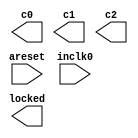
// megafunction wizard: %ALTPLL%VBB%
// GENERATION: STANDARD
// VERSION: WM1.0
// MODULE: altpll 

// ============================================================
// Megafunction Name(s):
// 			altpll
//
// Simulation Library Files(s):
// 			altera_mf
// ============================================================
// ************************************************************
// THIS IS A WIZARD-GENERATED FILE. DO NOT EDIT THIS FILE!
//
// 13.0.1 Build 232 06/12/2013 SP 1 SJ Full Version
// ************************************************************

//Copyright (C) 1991-2013 Altera Corporation
//Your use of Altera Corporation's design tools, logic functions 
//and other software and tools, and its AMPP partner logic 
//functions, and any output files from any of the foregoing 
//(including device programming or simulation files), and any 
//associated documentation or information are expressly subject 
//to the terms and conditions of the Altera Program License 
//Subscription Agreement, Altera MegaCore Function License 
//Agreement, or other applicable license agreement, including, 
//without limitation, that your use is for the sole purpose of 
//programming logic devices manufactured by Altera and sold by 
//Altera or its authorized distributors.  Please refer to the 
//applicable agreement for further details.

module clk_gen (
	areset,
	inclk0,
	c0,
	c1,
	c2,
	locked);

	input	  areset;
	input	  inclk0;
	output	  c0;
	output	  c1;
	output	  c2;
	output	  locked;
`ifndef ALTERA_RESERVED_QIS
// synopsys translate_off
`endif
	tri0	  areset;
`ifndef ALTERA_RESERVED_QIS
// synopsys translate_on
`endif

endmodule

// ============================================================
// CNX file retrieval info
// ============================================================
// Retrieval info: PRIVATE: ACTIVECLK_CHECK STRING "0"
// Retrieval info: PRIVATE: BANDWIDTH STRING "1.000"
// Retrieval info: PRIVATE: BANDWIDTH_FEATURE_ENABLED STRING "1"
// Retrieval info: PRIVATE: BANDWIDTH_FREQ_UNIT STRING "MHz"
// Retrieval info: PRIVATE: BANDWIDTH_PRESET STRING "Low"
// Retrieval info: PRIVATE: BANDWIDTH_USE_AUTO STRING "1"
// Retrieval info: PRIVATE: BANDWIDTH_USE_PRESET STRING "0"
// Retrieval info: PRIVATE: CLKBAD_SWITCHOVER_CHECK STRING "0"
// Retrieval info: PRIVATE: CLKLOSS_CHECK STRING "0"
// Retrieval info: PRIVATE: CLKSWITCH_CHECK STRING "0"
// Retrieval info: PRIVATE: CNX_NO_COMPENSATE_RADIO STRING "0"
// Retrieval info: PRIVATE: CREATE_CLKBAD_CHECK STRING "0"
// Retrieval info: PRIVATE: CREATE_INCLK1_CHECK STRING "0"
// Retrieval info: PRIVATE: CUR_DEDICATED_CLK STRING "c0"
// Retrieval info: PRIVATE: CUR_FBIN_CLK STRING "c0"
// Retrieval info: PRIVATE: DEVICE_SPEED_GRADE STRING "8"
// Retrieval info: PRIVATE: DIV_FACTOR0 NUMERIC "1"
// Retrieval info: PRIVATE: DIV_FACTOR1 NUMERIC "1"
// Retrieval info: PRIVATE: DIV_FACTOR2 NUMERIC "1"
// Retrieval info: PRIVATE: DUTY_CYCLE0 STRING "50.00000000"
// Retrieval info: PRIVATE: DUTY_CYCLE1 STRING "50.00000000"
// Retrieval info: PRIVATE: DUTY_CYCLE2 STRING "50.00000000"
// Retrieval info: PRIVATE: EFF_OUTPUT_FREQ_VALUE0 STRING "125.000000"
// Retrieval info: PRIVATE: EFF_OUTPUT_FREQ_VALUE1 STRING "125.000000"
// Retrieval info: PRIVATE: EFF_OUTPUT_FREQ_VALUE2 STRING "25.000000"
// Retrieval info: PRIVATE: EXPLICIT_SWITCHOVER_COUNTER STRING "0"
// Retrieval info: PRIVATE: EXT_FEEDBACK_RADIO STRING "0"
// Retrieval info: PRIVATE: GLOCKED_COUNTER_EDIT_CHANGED STRING "1"
// Retrieval info: PRIVATE: GLOCKED_FEATURE_ENABLED STRING "0"
// Retrieval info: PRIVATE: GLOCKED_MODE_CHECK STRING "0"
// Retrieval info: PRIVATE: GLOCK_COUNTER_EDIT NUMERIC "1048575"
// Retrieval info: PRIVATE: HAS_MANUAL_SWITCHOVER STRING "1"
// Retrieval info: PRIVATE: INCLK0_FREQ_EDIT STRING "50.000"
// Retrieval info: PRIVATE: INCLK0_FREQ_UNIT_COMBO STRING "MHz"
// Retrieval info: PRIVATE: INCLK1_FREQ_EDIT STRING "100.000"
// Retrieval info: PRIVATE: INCLK1_FREQ_EDIT_CHANGED STRING "1"
// Retrieval info: PRIVATE: INCLK1_FREQ_UNIT_CHANGED STRING "1"
// Retrieval info: PRIVATE: INCLK1_FREQ_UNIT_COMBO STRING "MHz"
// Retrieval info: PRIVATE: INTENDED_DEVICE_FAMILY STRING "Cyclone IV E"
// Retrieval info: PRIVATE: INT_FEEDBACK__MODE_RADIO STRING "1"
// Retrieval info: PRIVATE: LOCKED_OUTPUT_CHECK STRING "1"
// Retrieval info: PRIVATE: LONG_SCAN_RADIO STRING "1"
// Retrieval info: PRIVATE: LVDS_MODE_DATA_RATE STRING "Not Available"
// Retrieval info: PRIVATE: LVDS_MODE_DATA_RATE_DIRTY NUMERIC "0"
// Retrieval info: PRIVATE: LVDS_PHASE_SHIFT_UNIT0 STRING "deg"
// Retrieval info: PRIVATE: LVDS_PHASE_SHIFT_UNIT1 STRING "deg"
// Retrieval info: PRIVATE: LVDS_PHASE_SHIFT_UNIT2 STRING "deg"
// Retrieval info: PRIVATE: MIG_DEVICE_SPEED_GRADE STRING "Any"
// Retrieval info: PRIVATE: MIRROR_CLK0 STRING "0"
// Retrieval info: PRIVATE: MIRROR_CLK1 STRING "0"
// Retrieval info: PRIVATE: MIRROR_CLK2 STRING "0"
// Retrieval info: PRIVATE: MULT_FACTOR0 NUMERIC "2"
// Retrieval info: PRIVATE: MULT_FACTOR1 NUMERIC "2"
// Retrieval info: PRIVATE: MULT_FACTOR2 NUMERIC "1"
// Retrieval info: PRIVATE: NORMAL_MODE_RADIO STRING "1"
// Retrieval info: PRIVATE: OUTPUT_FREQ0 STRING "125.00000000"
// Retrieval info: PRIVATE: OUTPUT_FREQ1 STRING "125.00000000"
// Retrieval info: PRIVATE: OUTPUT_FREQ2 STRING "25.00000000"
// Retrieval info: PRIVATE: OUTPUT_FREQ_MODE0 STRING "1"
// Retrieval info: PRIVATE: OUTPUT_FREQ_MODE1 STRING "1"
// Retrieval info: PRIVATE: OUTPUT_FREQ_MODE2 STRING "1"
// Retrieval info: PRIVATE: OUTPUT_FREQ_UNIT0 STRING "MHz"
// Retrieval info: PRIVATE: OUTPUT_FREQ_UNIT1 STRING "MHz"
// Retrieval info: PRIVATE: OUTPUT_FREQ_UNIT2 STRING "MHz"
// Retrieval info: PRIVATE: PHASE_RECONFIG_FEATURE_ENABLED STRING "1"
// Retrieval info: PRIVATE: PHASE_RECONFIG_INPUTS_CHECK STRING "0"
// Retrieval info: PRIVATE: PHASE_SHIFT0 STRING "0.00000000"
// Retrieval info: PRIVATE: PHASE_SHIFT1 STRING "-75.00000000"
// Retrieval info: PRIVATE: PHASE_SHIFT2 STRING "0.00000000"
// Retrieval info: PRIVATE: PHASE_SHIFT_STEP_ENABLED_CHECK STRING "0"
// Retrieval info: PRIVATE: PHASE_SHIFT_UNIT0 STRING "deg"
// Retrieval info: PRIVATE: PHASE_SHIFT_UNIT1 STRING "deg"
// Retrieval info: PRIVATE: PHASE_SHIFT_UNIT2 STRING "deg"
// Retrieval info: PRIVATE: PLL_ADVANCED_PARAM_CHECK STRING "0"
// Retrieval info: PRIVATE: PLL_ARESET_CHECK STRING "1"
// Retrieval info: PRIVATE: PLL_AUTOPLL_CHECK NUMERIC "1"
// Retrieval info: PRIVATE: PLL_ENHPLL_CHECK NUMERIC "0"
// Retrieval info: PRIVATE: PLL_FASTPLL_CHECK NUMERIC "0"
// Retrieval info: PRIVATE: PLL_FBMIMIC_CHECK STRING "0"
// Retrieval info: PRIVATE: PLL_LVDS_PLL_CHECK NUMERIC "0"
// Retrieval info: PRIVATE: PLL_PFDENA_CHECK STRING "0"
// Retrieval info: PRIVATE: PLL_TARGET_HARCOPY_CHECK NUMERIC "0"
// Retrieval info: PRIVATE: PRIMARY_CLK_COMBO STRING "inclk0"
// Retrieval info: PRIVATE: RECONFIG_FILE STRING "clk_gen.mif"
// Retrieval info: PRIVATE: SACN_INPUTS_CHECK STRING "0"
// Retrieval info: PRIVATE: SCAN_FEATURE_ENABLED STRING "1"
// Retrieval info: PRIVATE: SELF_RESET_LOCK_LOSS STRING "0"
// Retrieval info: PRIVATE: SHORT_SCAN_RADIO STRING "0"
// Retrieval info: PRIVATE: SPREAD_FEATURE_ENABLED STRING "0"
// Retrieval info: PRIVATE: SPREAD_FREQ STRING "50.000"
// Retrieval info: PRIVATE: SPREAD_FREQ_UNIT STRING "KHz"
// Retrieval info: PRIVATE: SPREAD_PERCENT STRING "0.500"
// Retrieval info: PRIVATE: SPREAD_USE STRING "0"
// Retrieval info: PRIVATE: SRC_SYNCH_COMP_RADIO STRING "0"
// Retrieval info: PRIVATE: STICKY_CLK0 STRING "1"
// Retrieval info: PRIVATE: STICKY_CLK1 STRING "1"
// Retrieval info: PRIVATE: STICKY_CLK2 STRING "1"
// Retrieval info: PRIVATE: SWITCHOVER_COUNT_EDIT NUMERIC "1"
// Retrieval info: PRIVATE: SWITCHOVER_FEATURE_ENABLED STRING "1"
// Retrieval info: PRIVATE: SYNTH_WRAPPER_GEN_POSTFIX STRING "0"
// Retrieval info: PRIVATE: USE_CLK0 STRING "1"
// Retrieval info: PRIVATE: USE_CLK1 STRING "1"
// Retrieval info: PRIVATE: USE_CLK2 STRING "1"
// Retrieval info: PRIVATE: USE_CLKENA0 STRING "0"
// Retrieval info: PRIVATE: USE_CLKENA1 STRING "0"
// Retrieval info: PRIVATE: USE_CLKENA2 STRING "0"
// Retrieval info: PRIVATE: USE_MIL_SPEED_GRADE NUMERIC "0"
// Retrieval info: PRIVATE: ZERO_DELAY_RADIO STRING "0"
// Retrieval info: LIBRARY: altera_mf altera_mf.altera_mf_components.all
// Retrieval info: CONSTANT: BANDWIDTH_TYPE STRING "AUTO"
// Retrieval info: CONSTANT: CLK0_DIVIDE_BY NUMERIC "2"
// Retrieval info: CONSTANT: CLK0_DUTY_CYCLE NUMERIC "50"
// Retrieval info: CONSTANT: CLK0_MULTIPLY_BY NUMERIC "5"
// Retrieval info: CONSTANT: CLK0_PHASE_SHIFT STRING "0"
// Retrieval info: CONSTANT: CLK1_DIVIDE_BY NUMERIC "2"
// Retrieval info: CONSTANT: CLK1_DUTY_CYCLE NUMERIC "50"
// Retrieval info: CONSTANT: CLK1_MULTIPLY_BY NUMERIC "5"
// Retrieval info: CONSTANT: CLK1_PHASE_SHIFT STRING "-1667"
// Retrieval info: CONSTANT: CLK2_DIVIDE_BY NUMERIC "2"
// Retrieval info: CONSTANT: CLK2_DUTY_CYCLE NUMERIC "50"
// Retrieval info: CONSTANT: CLK2_MULTIPLY_BY NUMERIC "1"
// Retrieval info: CONSTANT: CLK2_PHASE_SHIFT STRING "0"
// Retrieval info: CONSTANT: COMPENSATE_CLOCK STRING "CLK0"
// Retrieval info: CONSTANT: INCLK0_INPUT_FREQUENCY NUMERIC "20000"
// Retrieval info: CONSTANT: INTENDED_DEVICE_FAMILY STRING "Cyclone IV E"
// Retrieval info: CONSTANT: LPM_TYPE STRING "altpll"
// Retrieval info: CONSTANT: OPERATION_MODE STRING "NORMAL"
// Retrieval info: CONSTANT: PLL_TYPE STRING "AUTO"
// Retrieval info: CONSTANT: PORT_ACTIVECLOCK STRING "PORT_UNUSED"
// Retrieval info: CONSTANT: PORT_ARESET STRING "PORT_USED"
// Retrieval info: CONSTANT: PORT_CLKBAD0 STRING "PORT_UNUSED"
// Retrieval info: CONSTANT: PORT_CLKBAD1 STRING "PORT_UNUSED"
// Retrieval info: CONSTANT: PORT_CLKLOSS STRING "PORT_UNUSED"
// Retrieval info: CONSTANT: PORT_CLKSWITCH STRING "PORT_UNUSED"
// Retrieval info: CONSTANT: PORT_CONFIGUPDATE STRING "PORT_UNUSED"
// Retrieval info: CONSTANT: PORT_FBIN STRING "PORT_UNUSED"
// Retrieval info: CONSTANT: PORT_INCLK0 STRING "PORT_USED"
// Retrieval info: CONSTANT: PORT_INCLK1 STRING "PORT_UNUSED"
// Retrieval info: CONSTANT: PORT_LOCKED STRING "PORT_USED"
// Retrieval info: CONSTANT: PORT_PFDENA STRING "PORT_UNUSED"
// Retrieval info: CONSTANT: PORT_PHASECOUNTERSELECT STRING "PORT_UNUSED"
// Retrieval info: CONSTANT: PORT_PHASEDONE STRING "PORT_UNUSED"
// Retrieval info: CONSTANT: PORT_PHASESTEP STRING "PORT_UNUSED"
// Retrieval info: CONSTANT: PORT_PHASEUPDOWN STRING "PORT_UNUSED"
// Retrieval info: CONSTANT: PORT_PLLENA STRING "PORT_UNUSED"
// Retrieval info: CONSTANT: PORT_SCANACLR STRING "PORT_UNUSED"
// Retrieval info: CONSTANT: PORT_SCANCLK STRING "PORT_UNUSED"
// Retrieval info: CONSTANT: PORT_SCANCLKENA STRING "PORT_UNUSED"
// Retrieval info: CONSTANT: PORT_SCANDATA STRING "PORT_UNUSED"
// Retrieval info: CONSTANT: PORT_SCANDATAOUT STRING "PORT_UNUSED"
// Retrieval info: CONSTANT: PORT_SCANDONE STRING "PORT_UNUSED"
// Retrieval info: CONSTANT: PORT_SCANREAD STRING "PORT_UNUSED"
// Retrieval info: CONSTANT: PORT_SCANWRITE STRING "PORT_UNUSED"
// Retrieval info: CONSTANT: PORT_clk0 STRING "PORT_USED"
// Retrieval info: CONSTANT: PORT_clk1 STRING "PORT_USED"
// Retrieval info: CONSTANT: PORT_clk2 STRING "PORT_USED"
// Retrieval info: CONSTANT: PORT_clk3 STRING "PORT_UNUSED"
// Retrieval info: CONSTANT: PORT_clk4 STRING "PORT_UNUSED"
// Retrieval info: CONSTANT: PORT_clk5 STRING "PORT_UNUSED"
// Retrieval info: CONSTANT: PORT_clkena0 STRING "PORT_UNUSED"
// Retrieval info: CONSTANT: PORT_clkena1 STRING "PORT_UNUSED"
// Retrieval info: CONSTANT: PORT_clkena2 STRING "PORT_UNUSED"
// Retrieval info: CONSTANT: PORT_clkena3 STRING "PORT_UNUSED"
// Retrieval info: CONSTANT: PORT_clkena4 STRING "PORT_UNUSED"
// Retrieval info: CONSTANT: PORT_clkena5 STRING "PORT_UNUSED"
// Retrieval info: CONSTANT: PORT_extclk0 STRING "PORT_UNUSED"
// Retrieval info: CONSTANT: PORT_extclk1 STRING "PORT_UNUSED"
// Retrieval info: CONSTANT: PORT_extclk2 STRING "PORT_UNUSED"
// Retrieval info: CONSTANT: PORT_extclk3 STRING "PORT_UNUSED"
// Retrieval info: CONSTANT: SELF_RESET_ON_LOSS_LOCK STRING "OFF"
// Retrieval info: CONSTANT: WIDTH_CLOCK NUMERIC "5"
// Retrieval info: USED_PORT: @clk 0 0 5 0 OUTPUT_CLK_EXT VCC "@clk[4..0]"
// Retrieval info: USED_PORT: areset 0 0 0 0 INPUT GND "areset"
// Retrieval info: USED_PORT: c0 0 0 0 0 OUTPUT_CLK_EXT VCC "c0"
// Retrieval info: USED_PORT: c1 0 0 0 0 OUTPUT_CLK_EXT VCC "c1"
// Retrieval info: USED_PORT: c2 0 0 0 0 OUTPUT_CLK_EXT VCC "c2"
// Retrieval info: USED_PORT: inclk0 0 0 0 0 INPUT_CLK_EXT GND "inclk0"
// Retrieval info: USED_PORT: locked 0 0 0 0 OUTPUT GND "locked"
// Retrieval info: CONNECT: @areset 0 0 0 0 areset 0 0 0 0
// Retrieval info: CONNECT: @inclk 0 0 1 1 GND 0 0 0 0
// Retrieval info: CONNECT: @inclk 0 0 1 0 inclk0 0 0 0 0
// Retrieval info: CONNECT: c0 0 0 0 0 @clk 0 0 1 0
// Retrieval info: CONNECT: c1 0 0 0 0 @clk 0 0 1 1
// Retrieval info: CONNECT: c2 0 0 0 0 @clk 0 0 1 2
// Retrieval info: CONNECT: locked 0 0 0 0 @locked 0 0 0 0
// Retrieval info: GEN_FILE: TYPE_NORMAL clk_gen.v TRUE
// Retrieval info: GEN_FILE: TYPE_NORMAL clk_gen.ppf TRUE
// Retrieval info: GEN_FILE: TYPE_NORMAL clk_gen.inc FALSE
// Retrieval info: GEN_FILE: TYPE_NORMAL clk_gen.cmp FALSE
// Retrieval info: GEN_FILE: TYPE_NORMAL clk_gen.bsf FALSE
// Retrieval info: GEN_FILE: TYPE_NORMAL clk_gen_inst.v TRUE
// Retrieval info: GEN_FILE: TYPE_NORMAL clk_gen_bb.v TRUE
// Retrieval info: LIB_FILE: altera_mf
// Retrieval info: CBX_MODULE_PREFIX: ON